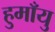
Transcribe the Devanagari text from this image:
हुमाँयु